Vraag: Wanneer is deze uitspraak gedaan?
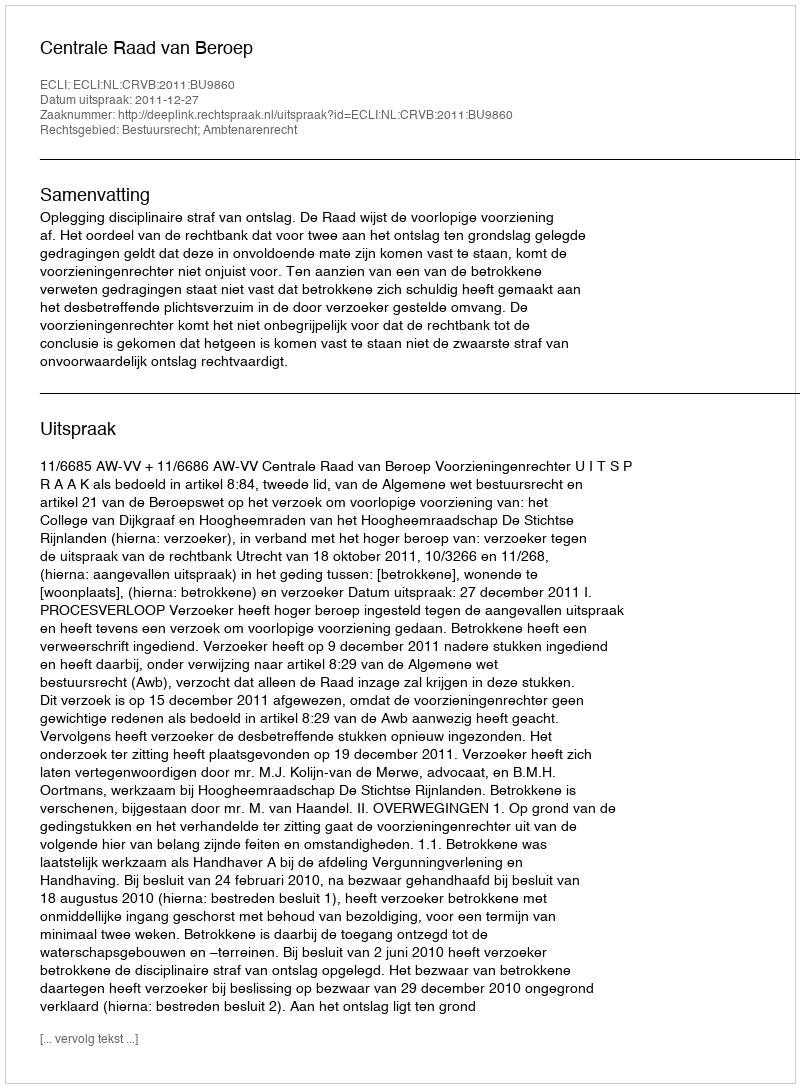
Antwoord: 2011-12-27